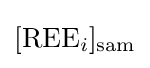
{[{\text{REE}}_{i}]_{\text{sam}}}